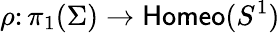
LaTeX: \rho\colon\pi_{1}(\Sigma)\rightarrow{\mathsf{Homeo}}(S^{1})